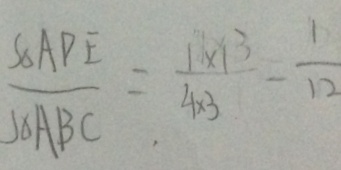
\frac { S _ { \Delta } A D E } { S _ { \Delta } A B C } = \frac { 1 \times 1 } { 4 \times 3 } = \frac { 1 } { 1 2 }